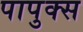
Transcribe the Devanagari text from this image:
पापुक्स